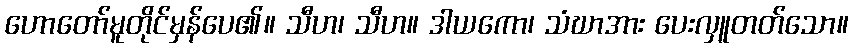
ဟောတော်မူတိုင်မှန်ပေ၏။ သီဟ၊ သီဟ။ ဒါယကော၊ သံဃာအား ပေးလှူတတ်သော။